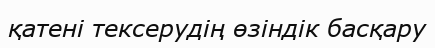
қатені тексерудің өзіндік басқару